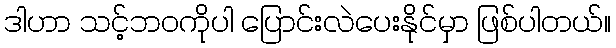
ဒါဟာ သင့်ဘဝကိုပါ ပြောင်းလဲပေးနိုင်မှာ ဖြစ်ပါတယ်။